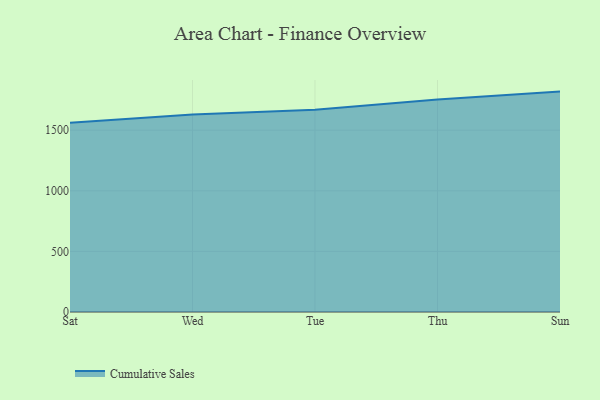
{"axis": {"x": "Day", "y": "Headcount"}, "legend": ["Cumulative Sales"], "data": [{"x": "Sat", "y": 1561.1, "type": "Cumulative Sales"}, {"x": "Wed", "y": 1629.1, "type": "Cumulative Sales"}, {"x": "Tue", "y": 1668.1, "type": "Cumulative Sales"}, {"x": "Thu", "y": 1752.7, "type": "Cumulative Sales"}, {"x": "Sun", "y": 1818.4, "type": "Cumulative Sales"}]}